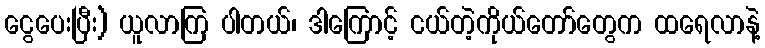
ငွေပေးပြီး) ယူလာကြ ပါတယ်၊ ဒါကြောင့် ငယ်တဲ့ကိုယ်တော်တွေက ထရေလာနဲ့